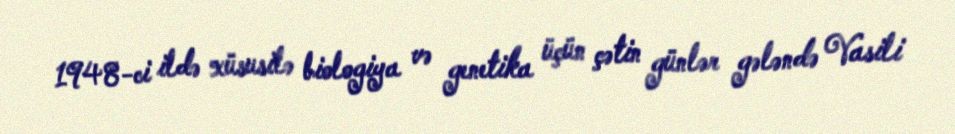
1948-ci ildə xüsusilə biologiya və genetika üçün çətin günlər gələndə Vasili